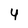
Character: 4